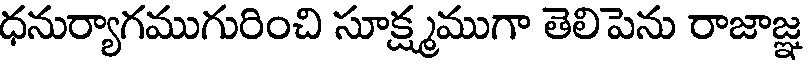
ధనుర్యాగముగురించి సూక్ష్మముగా తెలిపెను రాజాజ్ఞ